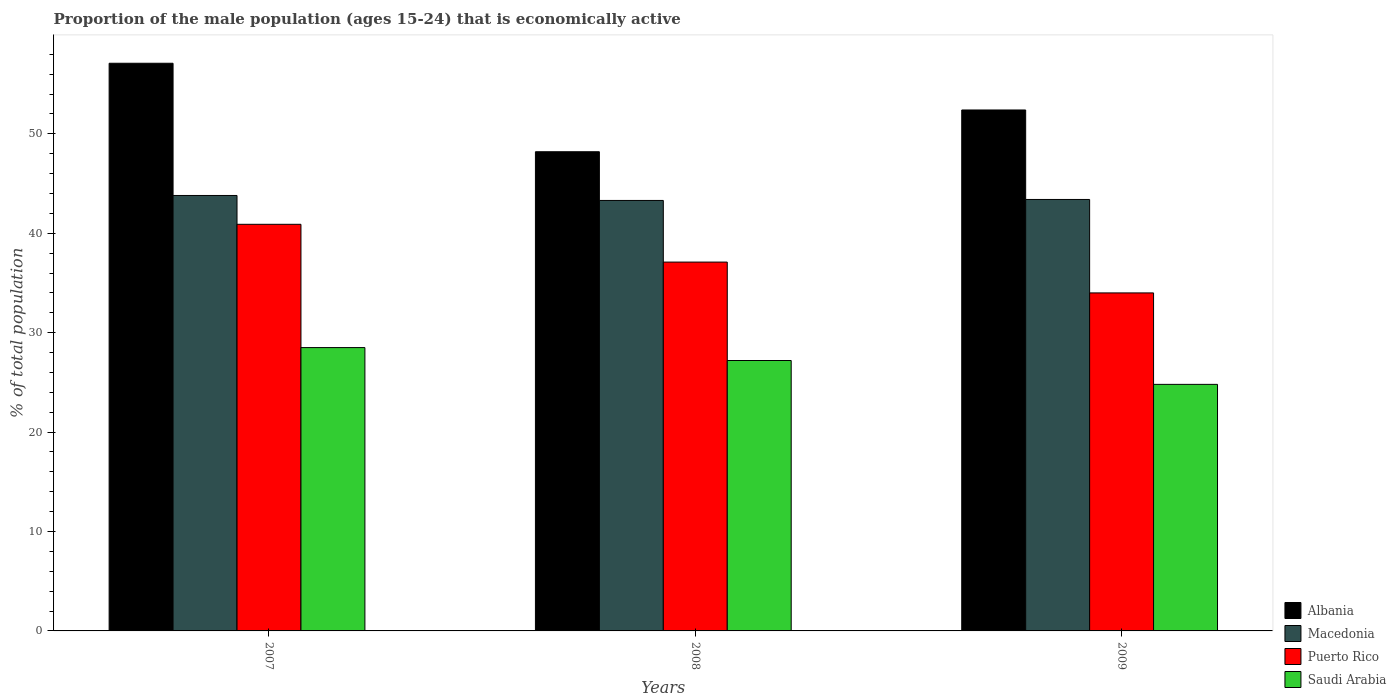
| Years | Albania | Macedonia | Puerto Rico | Saudi Arabia |
 | --- | --- | --- | --- | --- |
 | 2007 | 57.1 | 43.8 | 40.9 | 28.5 |
 | 2008 | 48.2 | 43.3 | 37.1 | 27.2 |
 | 2009 | 52.4 | 43.4 | 34 | 24.8 |